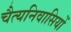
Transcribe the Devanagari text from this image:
चैत्यनिवासियों